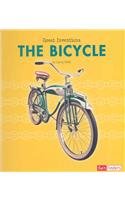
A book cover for The Bicycle (Great Inventions); Larry Hills; Children's Books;